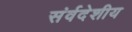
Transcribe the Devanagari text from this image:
संर्वदेशीय